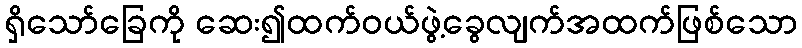
ရှိသော်ခြေကို ဆေး၍ထက်ဝယ်ဖွဲ့ခွေလျက်အထက်ဖြစ်သော